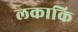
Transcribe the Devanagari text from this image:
लकाकि